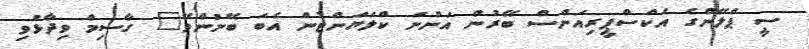
ސީ ޕްލޭންގެ އެކްސްޕީރިއަންސް ބޭރުން އަންނަ ކްލަޔަންޓުން އެބަ ބޭނުންވޭ" ގާސިމް ވިދާޅުވި